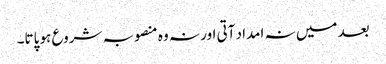
بعد میں نہ امداد آتی اور نہ وہ منصوبہ شروع ہو پاتا۔